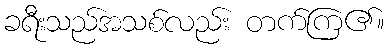
ခရီးသည်အသစ်လည်း တက်ကြ၏။